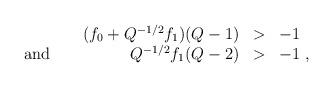
LaTeX: \begin{align*}\begin{array}{lrll}&(f_{0}+Q^{-1/2}f_{1})(Q-1)&>&-1\\\mbox{ and }\;\;\;&Q^{-1/2}f_{1}(Q-2)&>&-1\;,\end{array}\end{align*}